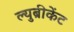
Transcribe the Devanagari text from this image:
ल्युब्रीकेंट